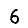
Digit: 6